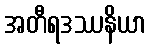
အတီရဒဿနိယာ